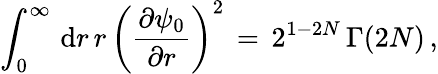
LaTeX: \begin{array}{l}{\displaystyle{\displaystyle\int_{0}^{\infty}\, \mathrm{d}r\, r\, \left(\frac{\partial\psi_{0}}{\partial r}\right)^{2}}\, =\, 2^{1-2N}\, \Gamma(2N)\, ,}\end{array}